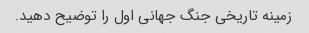
زمینه تاریخی جنگ جهانی اول را توضیح دهید.